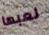
لعبها